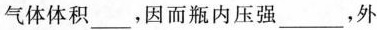
气体体积___，因而瓶内压强___，外